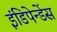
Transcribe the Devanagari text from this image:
इंडिपेन्डेंस